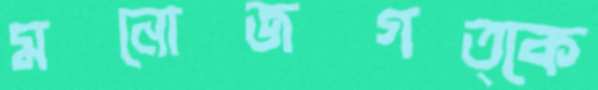
মনোজগত্কে